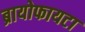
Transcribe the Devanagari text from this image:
ब्रायोफायटा